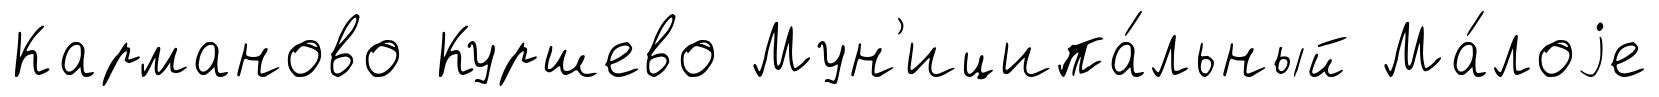
Карманово Куршево Мун'иципа́льный Ма́лоjе